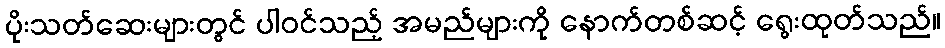
ပိုးသတ်ဆေးများတွင် ပါဝင်သည့် အမည်များကို နောက်တစ်ဆင့် ရွေးထုတ်သည်။